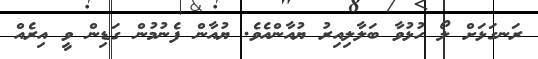
ރަނގަޅަށް ލޯ ހުޅުވާ ބަލާލިއިރު ޔުއާންއެވެ. ޔުއާން ފެނުމުން ގަޑިން ވީ އިރެއް